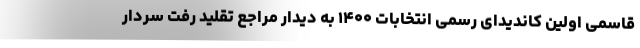
قاسمی اولین کاندیدای رسمی انتخابات ۱۴۰۰ به دیدار مراجع تقلید رفت سردار